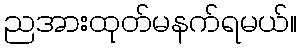
ညအားထုတ်မနက်ရမယ်။